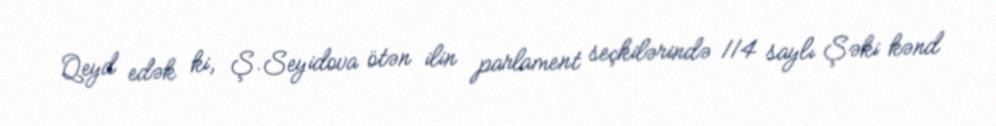
Qeyd edək ki, Ş.Seyidova ötən ilin parlament seçkilərində 114 saylı Şəki kənd